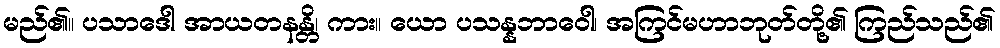
မည်၏။ ပသာဒေါ အာယတနန္တိ၊ ကား။ ယော ပသန္နဘာဝေါ၊ အကြင်မဟာဘုတ်တို့၏ ကြည်သည်၏